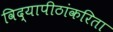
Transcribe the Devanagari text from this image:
विद्यापीठांकरिता